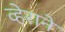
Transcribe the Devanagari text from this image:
व्हेराने